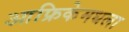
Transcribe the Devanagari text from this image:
आफ्रिकेमधला